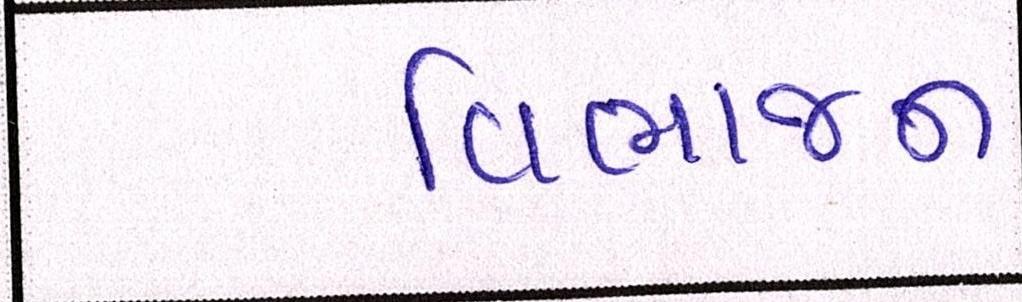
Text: વિભાજન